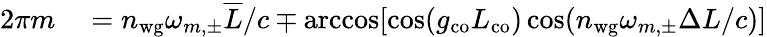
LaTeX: \begin{array}{rl}{2\pi m}&{{}=n_{\mathrm{wg}}\omega_{m,\pm}\overline{{L}}/c\mp\operatorname{arccos}[\cos(g_{\mathrm{co}}L_{\mathrm{co}})\cos(n_{\mathrm{wg}}\omega_{m,\pm}\Delta L/c)]}\end{array}